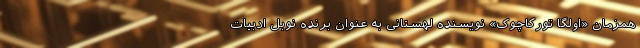
همزمان «اولگا تورکاچوک» نویسنده لهستانی به عنوان برنده نوبل ادبیات